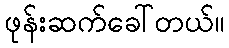
ဖုန်းဆက်ခေါ်တယ်။